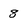
Character: 8